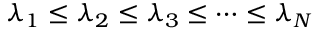
\lambda _ { 1 } \leq \lambda _ { 2 } \leq \lambda _ { 3 } \leq \dots \leq \lambda _ { N }